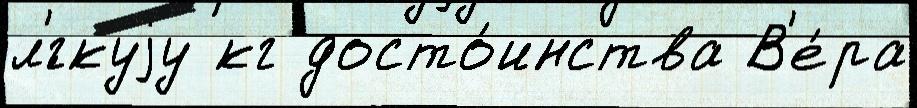
л'́гкуjу кг досто́инства В'е́ра